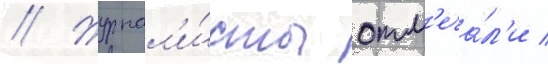
// Журнал'и́сты отм'еча́л'и /